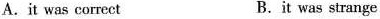
A.it was correct B.ìt was strange